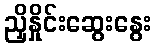
ညှိနှိုင်းဆွေးနွေး